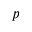
p